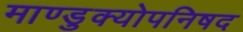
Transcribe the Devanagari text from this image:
माण्डुक्योपनिषद